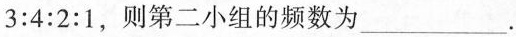
$$3:4:2:1$$，则第二小组的频数为___.